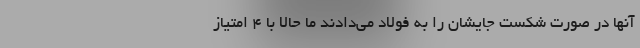
آنها در صورت شکست جایشان را به فولاد می‌دادند ما حالا با 4 امتیاز